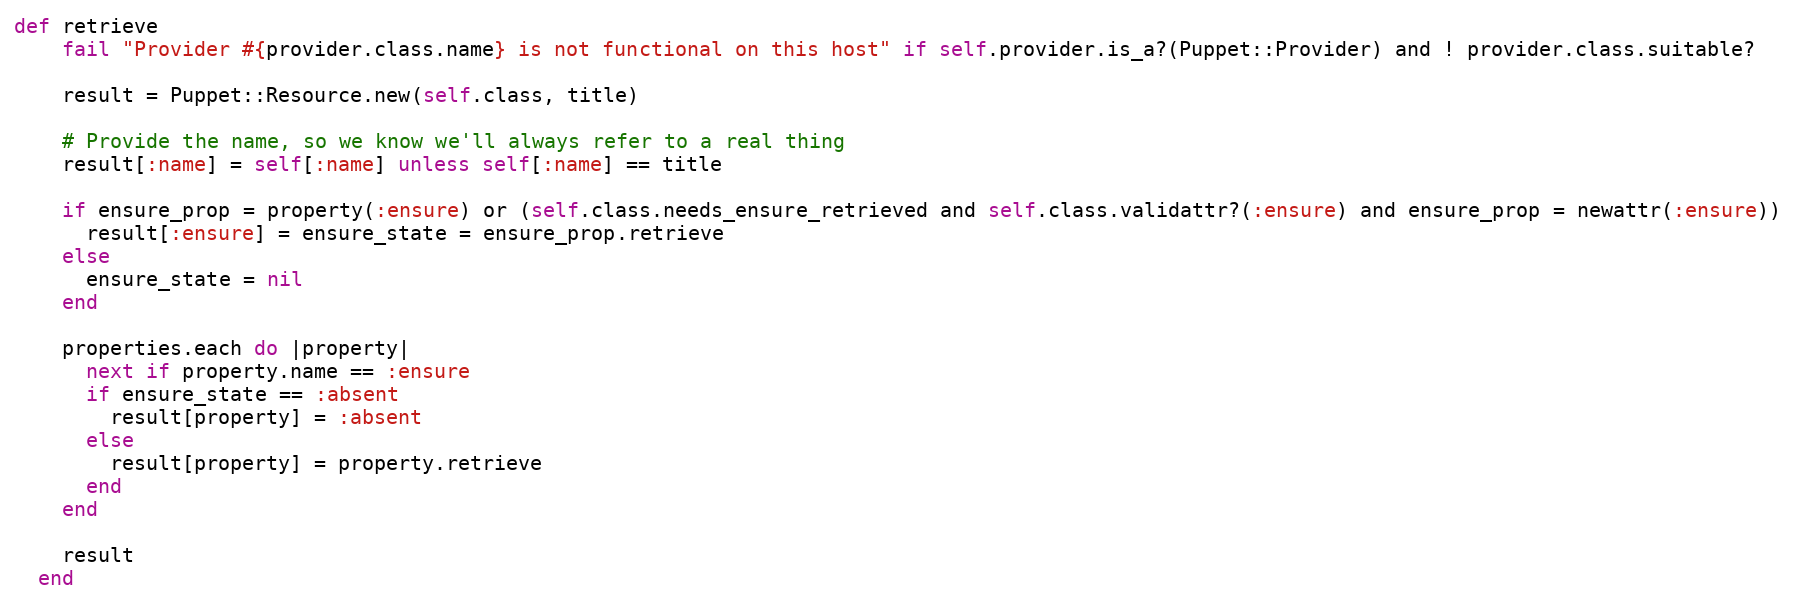
Language: Ruby
def retrieve
    fail "Provider #{provider.class.name} is not functional on this host" if self.provider.is_a?(Puppet::Provider) and ! provider.class.suitable?

    result = Puppet::Resource.new(self.class, title)

    # Provide the name, so we know we'll always refer to a real thing
    result[:name] = self[:name] unless self[:name] == title

    if ensure_prop = property(:ensure) or (self.class.needs_ensure_retrieved and self.class.validattr?(:ensure) and ensure_prop = newattr(:ensure))
      result[:ensure] = ensure_state = ensure_prop.retrieve
    else
      ensure_state = nil
    end

    properties.each do |property|
      next if property.name == :ensure
      if ensure_state == :absent
        result[property] = :absent
      else
        result[property] = property.retrieve
      end
    end

    result
  end